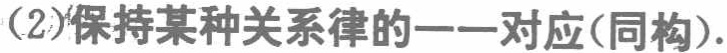
(2)保持某种关系律的一一对应(同构).